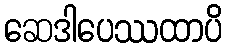
ဆေဒါပေဿထာပိ